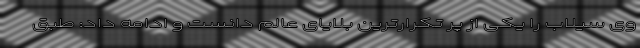
وی سیلاب را یکی از پر تکرارترین بلایای عالم دانست و ادامه داد: طبق